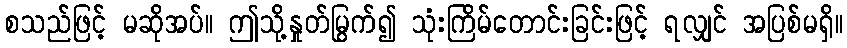
စသည်ဖြင့် မဆိုအပ်။ ဤသို့နှုတ်မြွက်၍ သုံးကြိမ်တောင်းခြင်းဖြင့် ရလျှင် အပြစ်မရှိ။